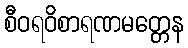
စီဝရဝိစာရဏမတ္တေန